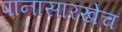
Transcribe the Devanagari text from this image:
पानासारखेच